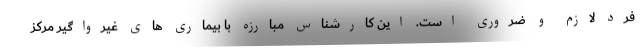
فرد لازم و ضروری است. این کارشناس مبارزه با بیماری های غیرواگیر مرکز